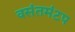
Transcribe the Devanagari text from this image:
वसंतमंटप